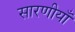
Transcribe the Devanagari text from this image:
सारणीयाँ